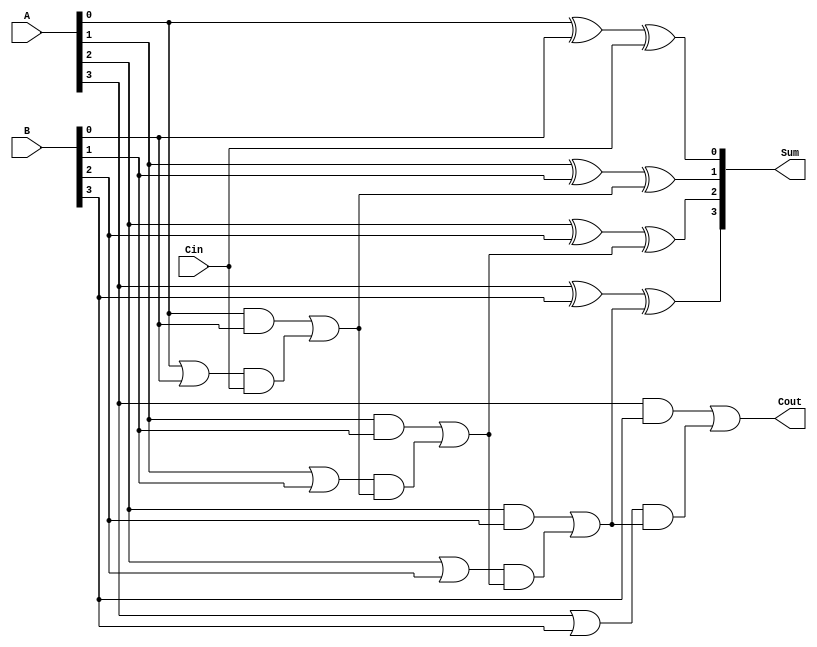
module CILA #(parameter N = 4) (
    input  wire [N-1:0] A,     // First n-bit input
    input  wire [N-1:0] B,     // Second n-bit input
    input  wire Cin,           // Carry In
    output wire [N-1:0] Sum,   // n-bit Sum output
    output wire Cout           // Carry Out
);

    // Generate and Propagate signals
    wire [N-1:0] G; // Generate signals
    wire [N-1:0] P; // Propagate signals
    wire [N:0] C;   // Carry signals

    // Generate and Propagate calculations
    genvar i;
    generate
        for (i = 0; i < N; i = i + 1) begin : gen_prop
            assign G[i] = A[i] & B[i];      // Generate
            assign P[i] = A[i] | B[i];      // Propagate
        end
    endgenerate

    // Carry generation logic
    assign C[0] = Cin; // Initial carry in
    generate
        for (i = 1; i <= N; i = i + 1) begin : carry_gen
            assign C[i] = G[i-1] | (P[i-1] & C[i-1]); // Carry logic
        end
    endgenerate

    // Sum calculation
    generate
        for (i = 0; i < N; i = i + 1) begin : sum_calc
            assign Sum[i] = A[i] ^ B[i] ^ C[i]; // Sum calculation
        end
    endgenerate

    // Final Carry Out
    assign Cout = C[N]; // Final carry out

endmodule